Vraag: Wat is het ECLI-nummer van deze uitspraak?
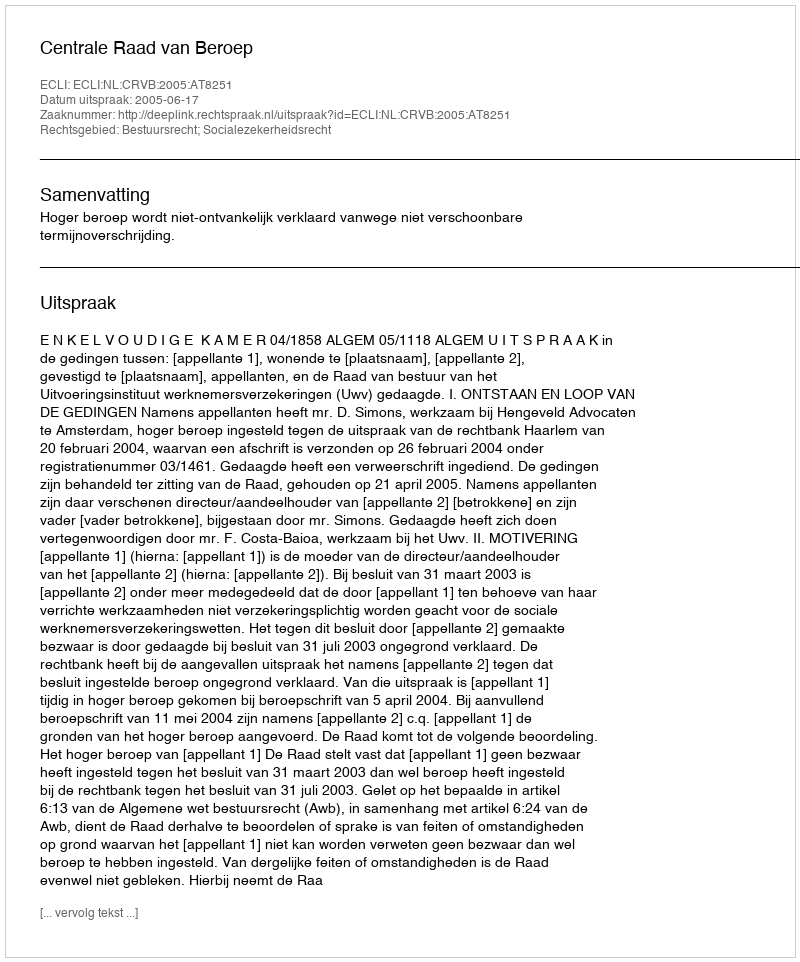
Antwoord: ECLI:NL:CRVB:2005:AT8251